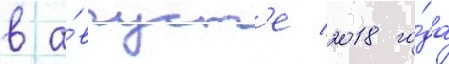
в а́вгуст'е 2018 го́да